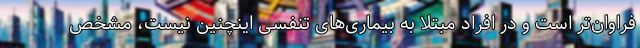
فراوان‌تر است و در افراد مبتلا به بیماری‌های تنفسی اینچنین نیست، مشخص